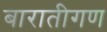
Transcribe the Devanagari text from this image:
बारातीगण